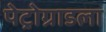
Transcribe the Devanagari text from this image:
पेट्रोग्राडला